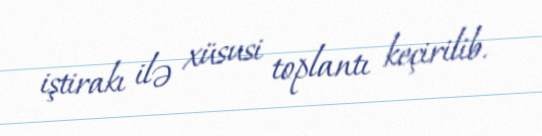
iştirakı ilə xüsusi toplantı keçirilib.